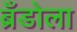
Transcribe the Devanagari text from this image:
ब्रँडोला